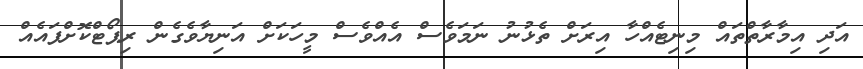
އަދި އިމާރާތްތައް މިނިޓެއްހާ އިރަށް ތެޅުނު ނަމަވެސް އެއްވެސް މީހަކަށް އަނިޔާވެގެން ރިޕޯޓްކޮށްފައެއް